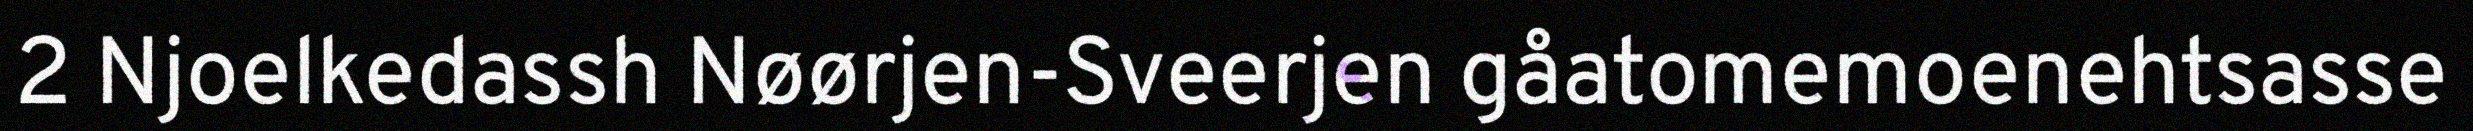
2 Njoelkedassh Nøørjen-Sveerjen gåatomemoenehtsasse